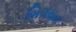
બિલયન